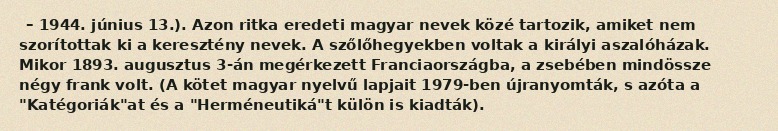
– 1944. június 13.). Azon ritka eredeti magyar nevek közé tartozik, amiket nem szorítottak ki a keresztény nevek. A szőlőhegyekben voltak a királyi aszalóházak. Mikor 1893. augusztus 3-án megérkezett Franciaországba, a zsebében mindössze négy frank volt. (A kötet magyar nyelvű lapjait 1979-ben újranyomták, s azóta a "Katégoriák"at és a "Herméneutiká"t külön is kiadták).